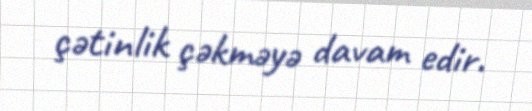
çətinlik çəkməyə davam edir.